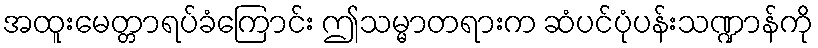
အထူးမေတ္တာရပ်ခံကြောင်း ဤသမ္မာတရားက ဆံပင်ပုံပန်းသဏ္ဍာန်ကို